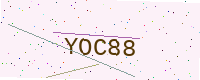
Text: YOC88